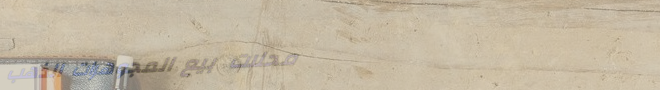
محلات بيع المجوهرات الذهب